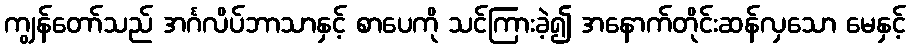
ကျွန်တော်သည် အင်္ဂလိပ်ဘာသာနှင့် စာပေကို သင်ကြားခဲ့၍ အနောက်တိုင်းဆန်လှသော မေနှင့်